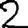
Digit: 2